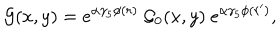
{ \cal G } ( x , y ) = e ^ { \alpha \gamma _ { 5 } \phi ( r ) } \ { \cal G } _ { 0 } ( x , y ) \ e ^ { \alpha \gamma _ { 5 } \phi ( r ^ { \prime } ) } ,